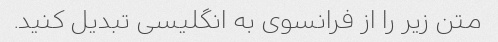
متن زیر را از فرانسوی به انگلیسی تبدیل کنید.